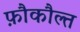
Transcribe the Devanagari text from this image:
फ़ौकौल्त